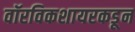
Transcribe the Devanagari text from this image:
वॉरविकशायरकडून